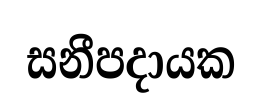
සනීපදායක